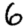
Digit: 6